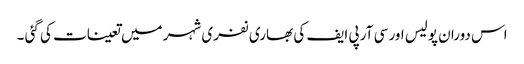
اس دوران پولیس اور سی آر پی ایف کی بھاری نفری شہر میں تعینات کی گئی ۔